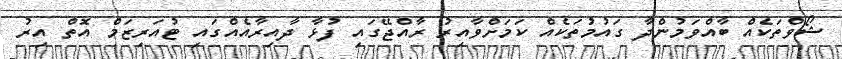
ޝޯވްތަކެއް ބާއްވަމުންދާ ގައުމުތަކެއް ކަމަށްވާއިރު ރާއްޖޭގައި ފުޅާ ދާއިރާއެއްގައި ޓުއަރިޒަމް އޮތް އިރު